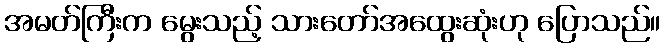
အမတ်ကြီးက မွေးသည့် သားတော်အထွေးဆုံးဟု ပြောသည်။